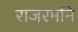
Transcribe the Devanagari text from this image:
राजरमनि